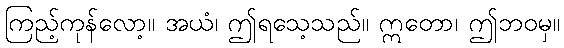
ကြည့်ကုန်လော့။ အယံ၊ ဤရသေ့သည်။ ဣတော၊ ဤဘဝမှ။